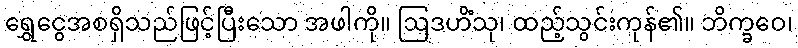
ရွှေငွေအစရှိသည်ဖြင့်ပြီးသော အဖါကို။ ဩဒဟိံသု၊ ထည့်သွင်းကုန်၏။ ဘိက္ခဝေ၊